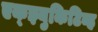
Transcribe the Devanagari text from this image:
एक्झ्युकिटिव्ह